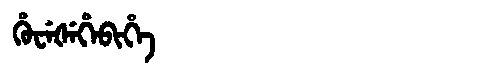
Manchu: ᡥᡠᠸᡝᡧᡝᡥᡝᠪᡳᡥᡝ
Romanization: HUWEŠEHEBIHE